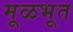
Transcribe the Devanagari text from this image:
मूळभूत